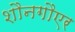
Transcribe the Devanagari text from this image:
शौनगौएर